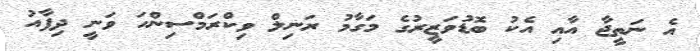
އެ ނަތީޖާ އާއި އެކު ބޮޑުވަޒީރުގެ މަގާމު ރަނިލް ވިކްރަމްސިންހަ ވަނީ ދިފާއު